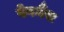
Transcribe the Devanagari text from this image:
वेगमैंस